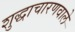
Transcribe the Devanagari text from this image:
शुद्धाचारणवाले